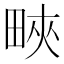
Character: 㽠